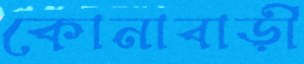
কোনাবাড়ী